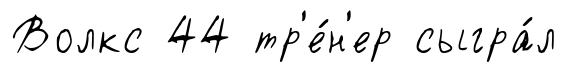
Волкс 44 тр'е́н'ер сыгра́л